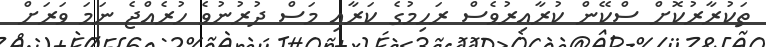
ތަކުރާރުކޮށް ސްކޭން ކުރާއިރުވެސް ރަހިމުގެ ކަރާއި މަސް ދުރުނުވެ ހުރެއްޖެ ނަމަ ވަރަށް